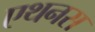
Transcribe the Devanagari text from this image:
एथनस